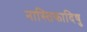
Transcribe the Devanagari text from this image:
नास्तिकादिषु